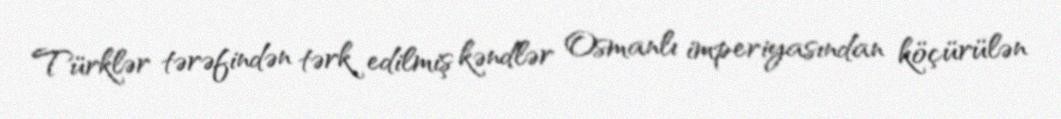
Türklər tərəfindən tərk edilmiş kəndlər Osmanlı imperiyasından köçürülən